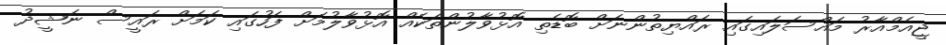
ޖީއެމްއާރު މައްސަލައިގައި ރައްޔިތުންނަށް ބޮޑެތި އޮޅުވާލުންތަކެއް އޮޅުވާލުމަށް ފަހުގައި ކަމަށް ރައީސް ނަޝީދު